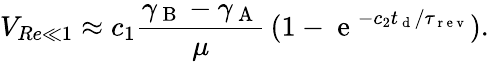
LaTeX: V_{Re\ll 1}\approx c_{1}\frac{\gamma_{\mathrm{~B~}}-\gamma_{\mathrm{~A~}}}{\mu}\, (1-\mathrm{~e~}^{-c_{2}t_{\mathrm{~d~}}/\tau_{\mathrm{~r~e~v~}}}).